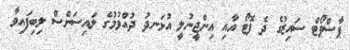
ޕާސްޕޯޓް ސައިޒުގެ ދެ ފޮޓޯ އާއި އިންޖީނުލީ އުޅަނދު ދުއްވުމުގެ ލައިސަންސް ލިބިފައިވާ